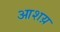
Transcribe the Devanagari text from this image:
आशय़